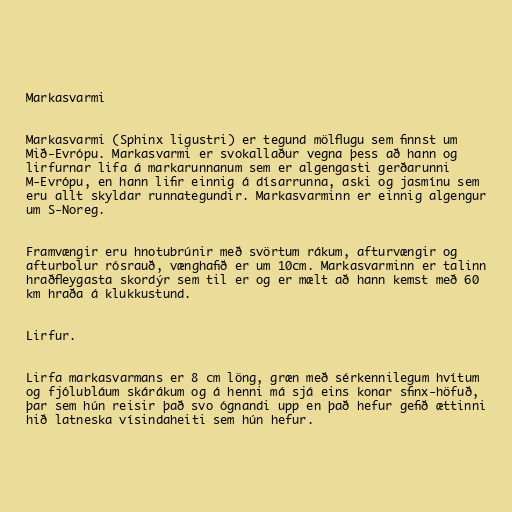
Markasvarmi

Markasvarmi (Sphinx ligustri) er tegund mölflugu sem finnst um
Mið-Evrópu. Markasvarmi er svokallaður vegna þess að hann og
lirfurnar lifa á markarunnanum sem er algengasti gerðarunni
M-Evrópu, en hann lifir einnig á dísarrunna, aski og jasmínu sem
eru allt skyldar runnategundir. Markasvarminn er einnig algengur
um S-Noreg.

Framvængir eru hnotubrúnir með svörtum rákum, afturvængir og
afturbolur rósrauð, vænghafið er um 10cm. Markasvarminn er talinn
hraðfleygasta skordýr sem til er og er mælt að hann kemst með 60
km hraða á klukkustund.

Lirfur.

Lirfa markasvarmans er 8 cm löng, græn með sérkennilegum hvítum
og fjólubláum skárákum og á henni má sjá eins konar sfinx-höfuð,
þar sem hún reisir það svo ógnandi upp en það hefur gefið ættinni
hið latneska vísindaheiti sem hún hefur.